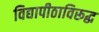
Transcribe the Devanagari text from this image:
विद्यापीठाविरूद्ध